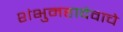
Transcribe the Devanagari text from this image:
शंभुमहादेवाचे